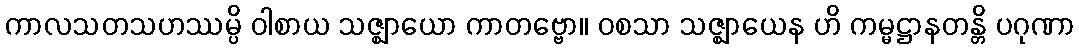
ကာလသတသဟဿမ္ပိ ဝါစာယ သဇ္ဈာယော ကာတဗ္ဗော။ ဝစသာ သဇ္ဈာယေန ဟိ ကမ္မဋ္ဌာနတန္တိ ပဂုဏာ